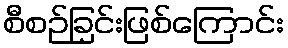
စီစဉ်ခြင်းဖြစ်ကြောင်း